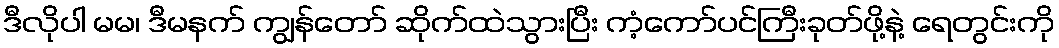
ဒီလိုပါ မမ၊ ဒီမနက် ကျွန်တော် ဆိုက်ထဲသွားပြီး ကံ့ကော်ပင်ကြီးခုတ်ဖို့နဲ့ ရေတွင်းကို